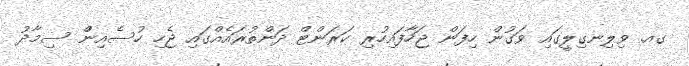
ގއ. ވިލިނގިލީގައި ވަގުން ހިފަން ޖަހާފައިހުރި ކަރަންޓް ދަންތުރައެއްގައި ޖެހި ހުސެއިންް ސިމާދު